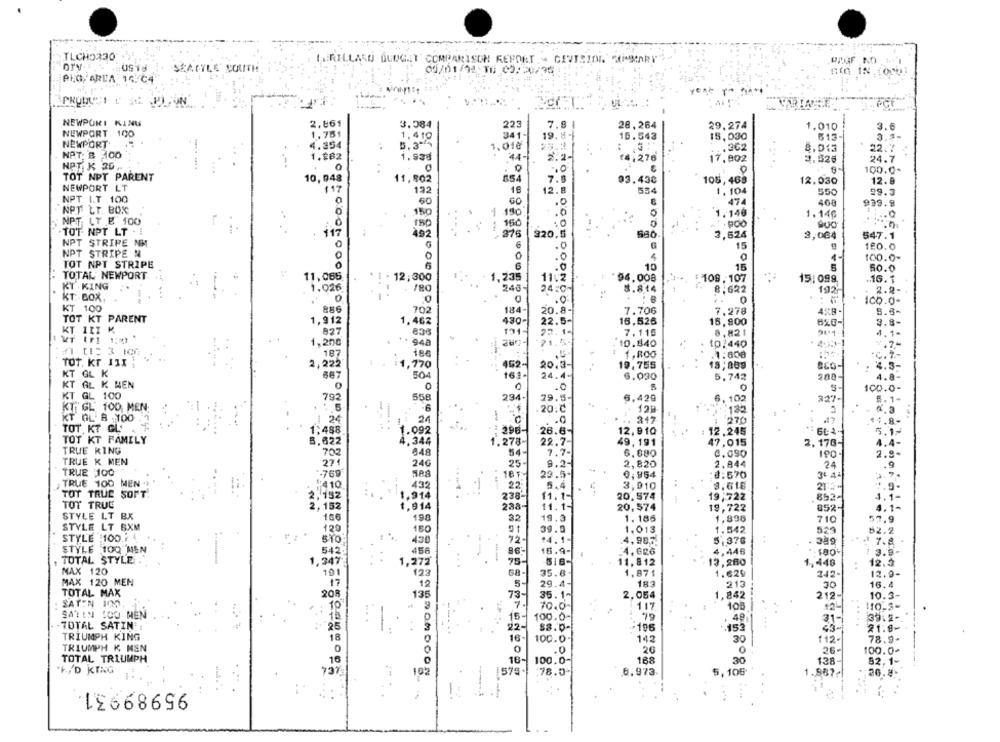
TLCHO230
GERILLASO BUDGET COMPARISON REPORT - CEVISIDI JIMMARY
PAGE NO
0918
SEATTLE SOUTH
00/01/11 10 09:50/96
NIG IN,1000]
PLO, AREA 16/04
NEWPOKI KING
2.861
3.084
223
7.8
28,264
29.274
1.010
3.6
NEWPORT 100
1.751
1. 410
19.4-
15.543
15,030
513
NEWPORT
4.354
5. 3 %
1.010
... 362
8,013
22.7
NAT: B 100
1.282
44-
1.938
2.2-
14:276
17,902
. .
3.526
24.7
NAT × 20 ,
0
0
100.0+
TOT NPT PARENT
10,948
11,802
854
03.43€
106, 468
12.030
12.8
NEWPORT LT
117
132
18
12.
534
1. 104
550
99.3
NPT I.T 100
.0
474
400
939.9
NPT LT. BOK
150
1
1.146
1. 14℃
.. 0
NPT LT & 100
TOT NPT LT . !
. .
150
,1
117
492
275
320,5
580
3,624
3,064
547.1
NPT STRIPE NM
15
1£0.0
NPT STRIPE N
0
4
0
100.0-
TOT NPT STRIPE
.0
10
15
50.0
TOTAL NEWPORT
11,065
! : 12:300
1.235
96.008
109.107
15:099.
.16.1
KT KING
1.026
240-
24:0
#.8.14
8,622
192%
2.8-
KT: BOX,
ICO.0-
KT 100
886
702
184-
20.8-
7.706
7.278
4%B.
TOT KT PARENT
1,912
22.5-
1.462
430-
16,526
15,900
3.8-
KT 1II K
927
636
191
27.1-
7.115
8,821
4.1-
1,200
948
71.5-
10.840
101440
4.7-
187
1.800
1:608
.C. 7 .-
TOT. Kr 111 ;
462-
20.3-
19.755
2,222
1,770
18;889
4.3-
KT GL K
667
504
161.
24.4-
6.030
5,742
200-
4.8-
KT AL K HEN
0
0
100.0-
KT GL 100
792
558
294-
29.5-
6.429
6. 102
327-
5. 1-
KIT GL 100 MEN
.20℃
129
-
KT OL B.100
24
24
℃
.0
317
14.8-
TOT KT GL'
1:488
1.092
296-
26.6-
12,910
12,245
5.1-
TOT KT FAMILY
8.622
1.278-
22.7-
49,191
47,015
2.170-
4.4-
TRUE KING
702
648
54-
7.7-
6,080
C.090
190.
2.8.
TRUE K MEN
27
24G
25-
9.2-
2,820
2.844
24
.9
TRUE 100
769
23.5+
0:954
:8:670
TRUE 100 MEN .
110
432
-
22
5.4
3,910
3.616
21:5
1.9-
TOY TRUE SOFT.
432
1,914
. .
238-
11.1-
20,574
19;722
.852-
4.1-
TOT TRUC
11.1-
2,152
20,574
19,722
852-
4.1-
STYLE LT BX
166
198
32
19.3
1. 185
1.896
710
57.9
STYLE LT BXM
120
150
51
39.0
1,013
1.542
529
82.2
STYLE :100.7 4
STO
430
72-
14.1
4.987
5,37G
1 7.8
STYLE 100 MEN
--
86-
4.626
4,446
542
4556
16.9-
1 3.9-
TOTAL STYLE .
1,272
75-
11. 812
13,280
1, 448
12.2
MAX 120
68-
35.6
123
1.871
.629
242-
12.9-
MAX 120 MEN
12
29.4-
183
213
30
16.4
TOTAL MAX
135
73-
35.1-
2.054
1,842
208
212-
10.3-
SATIN 100
7.1
70.0-
117
105
42-
..
10-3-
SATIN 1OU MEN
31-
39.2-
TOTAL SATIN':
25
22-
88.0-
.196
.. 152
...
21.9-
TRIUMPH KING
16-
142
30
112-
78.9
TRIUMPH K MSN
0
.0
26
0
26-
100.0+
TOTAL TRIUMPH
18-
100.0-
188
138-
82.1-
16
30
"F/'D KING
737
192
575+
.78.0"
6.973.
5,106
1.867~
95989931.